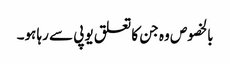
بالخصوص وہ جن کا تعلق یوپی سے رہا ہو۔